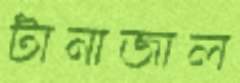
টানাজাল